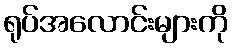
ရုပ်အလောင်းများကို